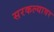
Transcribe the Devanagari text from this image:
सरकल्यावर